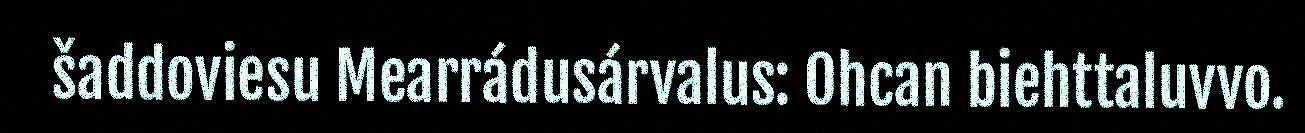
šaddoviesu Mearrádusárvalus: Ohcan biehttaluvvo.